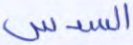
السدس